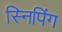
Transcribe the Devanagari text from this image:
स्निपिंग